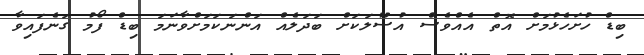
ބިޑް ހުށަހެޅުމަށް އޮތް އެއްވެސް އުސޫލަކަށް ބަދަލެއް އަންނަކަމަށްވާނަމަ ބިޑް ފޯމު ގަނެފައިވާ